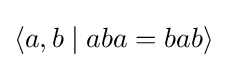
\langle a,b\mid aba=bab\rangle